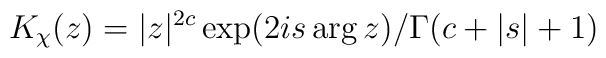
K_\chi(z)=|z|^{2c}\exp(2is\arg z)/ \Gamma(c+|s|+1)